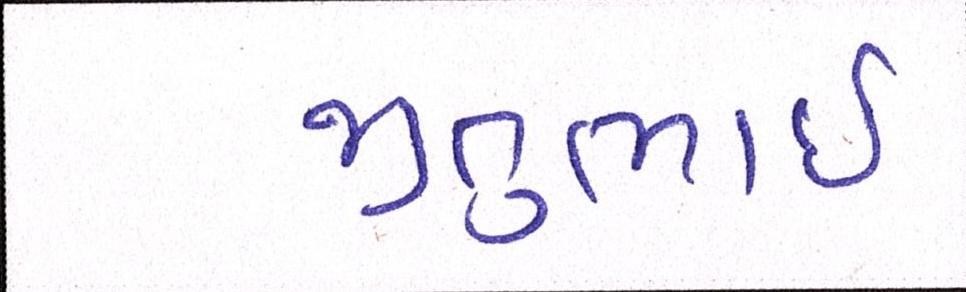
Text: જીતુભાઈ